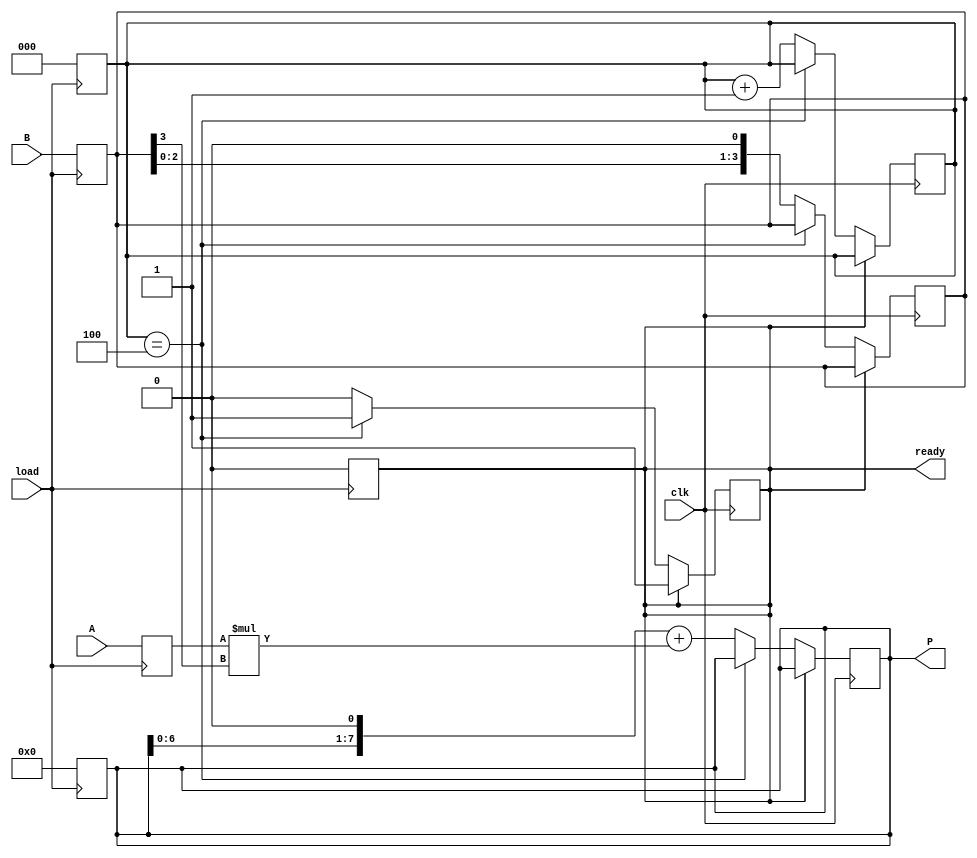
// sequential multiplier
module mult_seq(
	output reg[7:0] P, // product
	output reg ready,   // product is ready to be read
	input[3:0] A, B,    // multiplicand and multiplier
	input clk, load		// clock (posedge) and load (negedge)
	);
	// internal structures
	reg[3:0] a, b;
	reg[2:0] counter;
	// initialize
	initial begin
		ready <= 1;
	end
	// load a, b on negedge
	always @(negedge load) begin
		a <= A;
		b <= B;
		P <= 0;
		ready <= 0;
		counter <= 0;
	end
	// add partial products sequentially
	always @(posedge clk) begin
		if(!ready) begin
			if(counter==4) begin
				ready <= 1;
			end
			else begin
				P <= #7 (P<<1) + a*b[3]; // delay of the 4-bit adder
				b <= b<<1;
				counter <= #6 counter+1; // delay of the 3-bit adder
			end
		end
	end
endmodule

// test bench
module mult_tb();
	// dump
	initial begin
		$dumpfile("mult_seq.vcd");
		$dumpvars(0, mult_tb);
	end
	// clock cycle = 10 ticks
	reg clock = 1;
	always
		#5 clock <= ~clock;
	// multiplier
	reg[3:0] A, B;
	reg load = 1;
	wire ready;
	wire[7:0] P;
	reg[7:0] P_ref;
	mult_seq mult(P, ready, A, B, clock, load);
	always @(A, B)
		P_ref <= A*B;
	// input sequence
	initial begin
		A <= 9;
		B <= 12;
		#1 load <= 0;
		#1 load <= 1;
		#58;
		$finish;
	end
endmodule